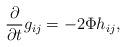
LaTeX: \begin{align*}\frac{\partial}{\partial t}g_{ij}=-2\Phi h_{ij},\end{align*}